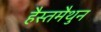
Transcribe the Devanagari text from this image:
हैस्तमैथुन